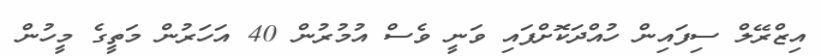
އިޒްރޭލް ސިފައިން ހުއްދަކޮށްފައި ވަނީ ވެސް އުމުރުން 40 އަހަރުން މަތީގެ މީހުން